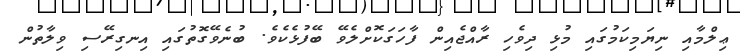
ޢިލްމާއި ނިޔަމިކަމުގައި މުޅި ދިވެހި ރާއްޖެއިން ފާހަގަކޮށްލެވޭ ބޭފުޅެކެވެ. ބުނެވޭގޮތުގައި އިނގިރޭސި ވިލާތުން